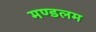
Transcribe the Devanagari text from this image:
मण्डलम